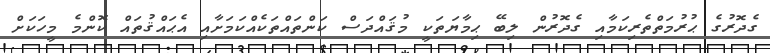
ގެދޮރުގެ ޙުރުމަތްތެރިކަމާއި ގެދޮރުން ލިބޭ ޙިމާޔަތަކީ މުޤައްދަސް ކަންތައްތަކެއްކަމަށާއި އެޙައްޤުތައް ކޮންމެ މީހަކަށް